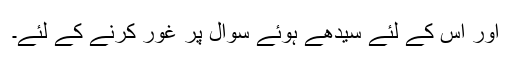
اور اس کے لئے سیدھے ہوئے سوال پر غور کرنے کے لئے۔